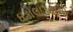
ઘડોલાડવાનો